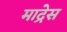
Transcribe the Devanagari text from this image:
माद्रेस